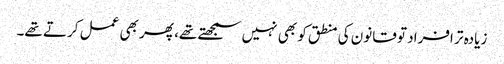
زیادہ تر افراد تو قانون کی منطق کو بھی نہیں سمجھتے تھے، پھر بھی عمل کرتے تھے۔